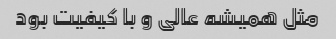
مثل همیشه عالی و با کیفیت بود